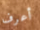
أعرف